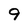
Character: 9